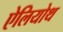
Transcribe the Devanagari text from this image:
ऐलियोथ